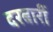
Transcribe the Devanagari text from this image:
दरबारीं